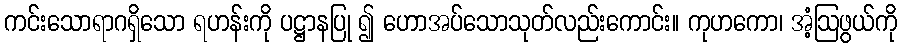
ကင်းသောရာဂရှိသော ရဟန်းကို ပဋ္ဌာနပြု ၍ ဟောအပ်သောသုတ်လည်းကောင်း။ ကုဟကော၊ အံ့ဩဖွယ်ကို